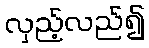
လှည့်လည်၍